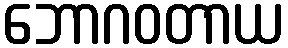
ဘောဂဝတာယ